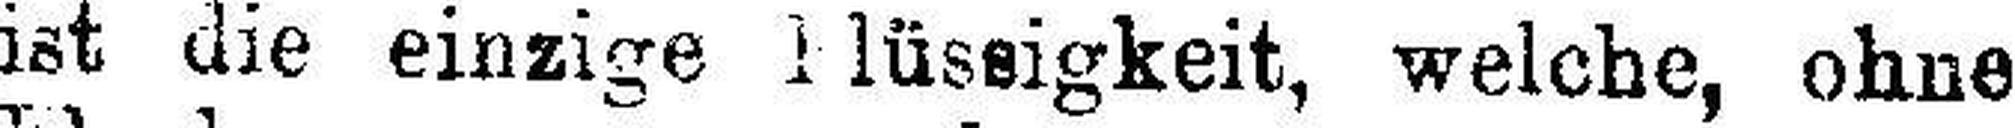
ist die einzige ###lüseigkeit, welche, ohne